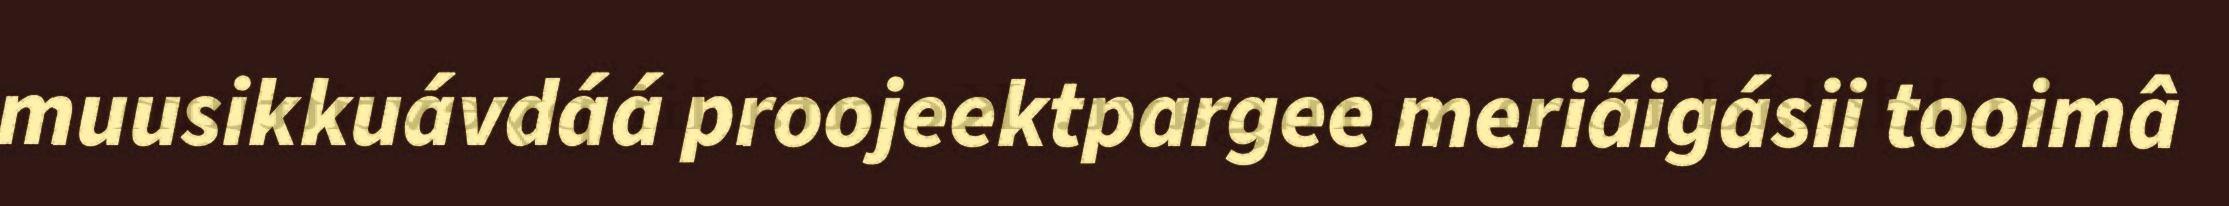
muusikkuávdáá proojeektpargee meriáigásii tooimâ